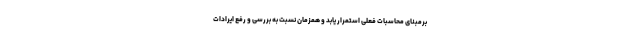
برمبنای محاسبات فعلی استمرار یابد و همزمان نسبت به بررسی و رفع ایرادات